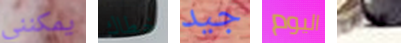
يمكنني خطاك جيد اليوم الناس